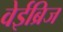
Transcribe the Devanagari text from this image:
वेईब्रिज